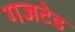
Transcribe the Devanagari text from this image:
गजटेड